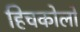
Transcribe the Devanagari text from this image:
हिचकोलों